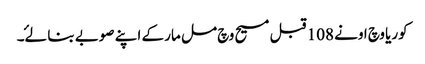
کوریا وچ اونے 108 قبل مسیح وچ مل مار کے اپنے صوبے بنا لۓ۔